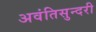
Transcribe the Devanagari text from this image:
अवंतिसुन्दरी